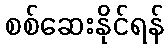
စစ်ဆေးနိုင်ရန်